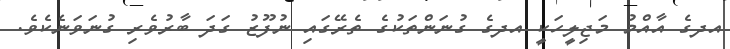
އދގެ އާއްމު މަޖިލީހަކީ އދގެ ގުނަންތަކުގެ ތެރޭގައި ނުފޫޒު ގަދަ ބާރުވެރި ގުނަވަނެކެވެ.